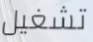
تشغيل